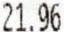
21.96